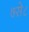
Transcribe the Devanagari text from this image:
७से८